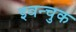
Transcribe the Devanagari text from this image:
इवन्चुक